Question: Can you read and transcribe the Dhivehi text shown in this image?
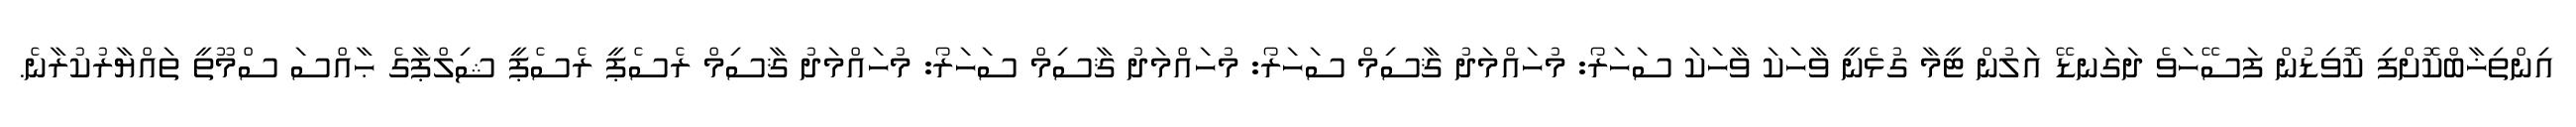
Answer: އިންތިޚާބްކޮށްފި ކޮވިޑުން ފަސޭހަވެ ދަގަނޑޭ އަލުން ޓީމާ ގުޅެނީ ވާހަކަ ވާހަކަ ސަހަރޯ: މުހައްމަދު ޤާސިމް ސަހަރޯ: މުހައްމަދު ޤާސިމް ސަހަރޯ: މުހައްމަދު ޤާސިމް ރެސެޕީ ރެސެޕީ ޝިލްޕާގެ ޙާއްސަ ސްމޫތީ ތައްޔާރުކުރާނެ.